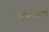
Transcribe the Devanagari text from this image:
स्थापत्यकलेचे